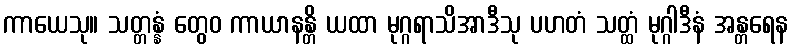
ကာယေသု။ သတ္တန္နံ တွေဝ ကာယာနန္တိ ယထာ မုဂ္ဂရာသိအာဒီသု ပဟတံ သတ္ထံ မုဂ္ဂါဒီနံ အန္တရေန